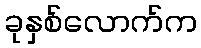
ခုနှစ်လောက်က